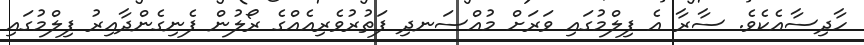
ހާދިސާއެކެވެ. ސާރާ އެ ފިލްމުގައި ވަރަށް މުއްސަނދި ފަތުރުވެރިއެއްގެ ރޯލުން ފެނިގެންދާއިރު ފިލްމުގައި